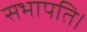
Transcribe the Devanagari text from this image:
सभापति।